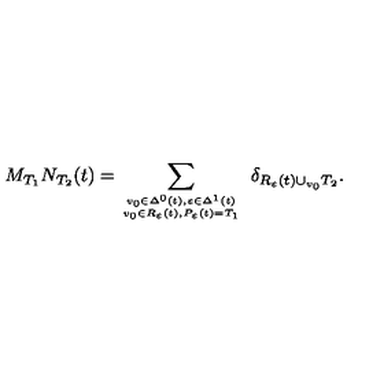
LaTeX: M _ { T _ { 1 } } N _ { T _ { 2 } } ( t ) = \sum _ { { v _ { 0 } \in \Delta ^ { 0 } ( t ) , \varepsilon \in \Delta ^ { 1 } ( t ) \atop v _ { 0 } \in R _ { \varepsilon } ( t ) , P _ { \varepsilon } ( t ) = T _ { 1 } } } \ \delta _ { R _ { \varepsilon } ( t ) \cup _ { v _ { 0 } } T _ { 2 } } .